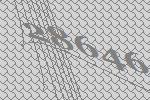
28646